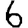
Digit: 6